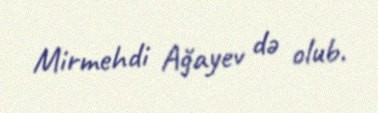
Mirmehdi Ağayev də olub.